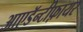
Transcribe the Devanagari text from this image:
आएडॅन्टीफ़ायर